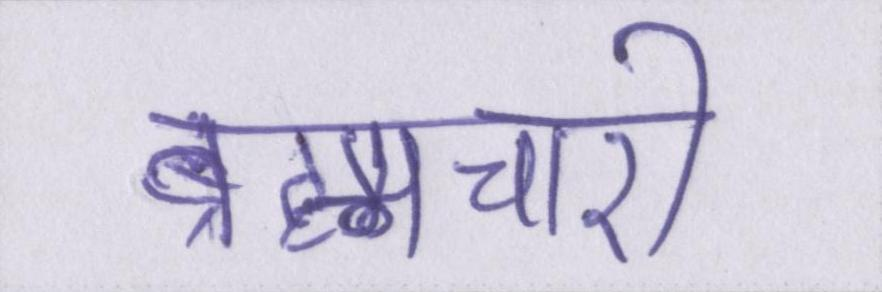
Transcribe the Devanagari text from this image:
ब्रह्मचारी